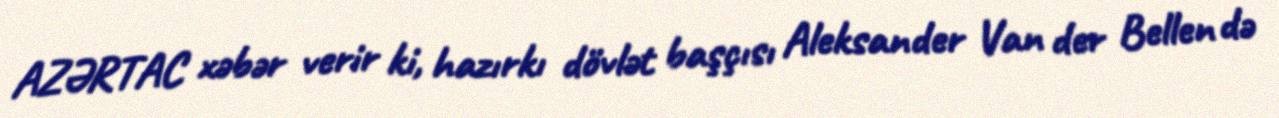
AZƏRTAC xəbər verir ki, hazırkı dövlət başçısı Aleksander Van der Bellen də